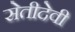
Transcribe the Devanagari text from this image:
सेतीदेवी